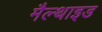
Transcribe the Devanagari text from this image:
मैल्थाइड